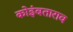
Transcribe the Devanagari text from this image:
कोइंबताराव